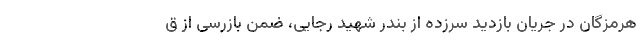
هرمزگان در جریان بازدید سرزده از بندر شهید رجایی، ضمن بازرسی از ق